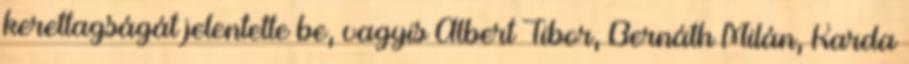
kerettagságát jelentette be, vagyis Albert Tibor, Bernáth Milán, Karda